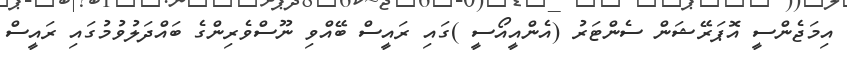
އިމަޖެންސީ އޮޕަރޭޝަން ސެންޓަރު (އެންއީއޯސީ )ގައި ރައީސް ބޭއްވި ނޫސްވެރިންގެ ބައްދަލުވުމުގައި ރައީސް